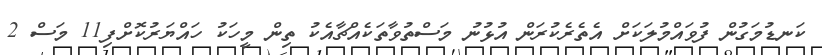
ކަނޑުމަގުން ފުވައްމުލަކަށް އެތެރެކުރަން އުޅުނު މަސްތުވާތަކެއްޗާއެކު ތިން މީހަކު ހައްޔަރުކޮށްފި11 މަސް 2